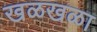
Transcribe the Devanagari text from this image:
खळखळा